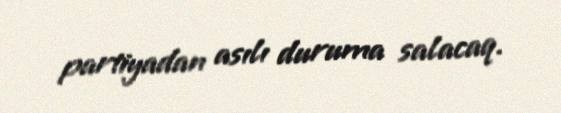
partiyadan asılı duruma salacaq.